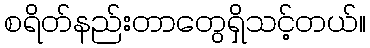
စရိတ်နည်းတာတွေရှိသင့်တယ်။